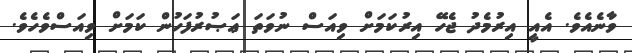
ވާނެއެވެ. އެއީ އިރުމެދު ޖެހޭ އިރުކަމަށް ވިއަސް ނުވަތަ ޢަޞުރުފަހުން ކަމަށް ވިއަސްވެހެވެ.